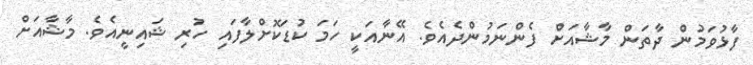
ފާޅުވަމުން ދާތަން މާޝާއަށް ފެންނަމުންދެއެވެ. އޭނާއަކީ ހަމަ ކުޑަކޮށްލާފައި ހުރި ޝައިނީއެވެ. މާޝާއަށް